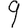
Digit: 9